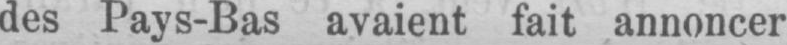
des Pays-Bas avaient fait annoncer